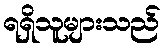
ရရှိသူများသည်